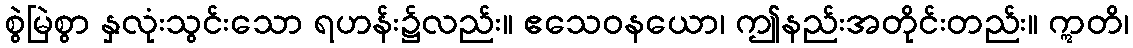
စွဲမြဲစွာ နှလုံးသွင်းသော ရဟန်း၌လည်း။ ဧသေဝနယော၊ ဤနည်းအတိုင်းတည်း။ ဣတိ၊